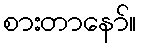
စားတာနော်။